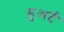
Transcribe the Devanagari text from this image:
डुअर्ट